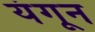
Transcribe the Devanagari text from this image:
यंगून